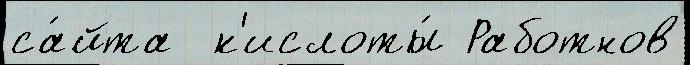
са́йта  к'ислоты́ Работнов